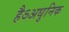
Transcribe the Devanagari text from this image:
हैऽअधुनिक